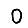
Digit: 0